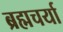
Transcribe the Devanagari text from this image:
ब्रह्मचर्या